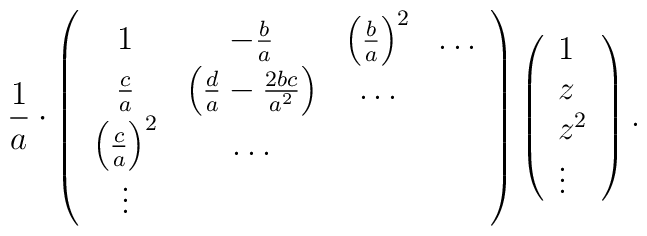
{1\over a}\cdot\left(        \begin{array}{cccc}            1 & -{b\over            a} & \left({b\over            a}\right)^2 & \dots \\            {c\over a} &            \left({d\over a}-{2bc\over            a^2}\right) & \dots & \\            \left({c\over a}\right)^2 & \dots & & \\            \vdots & & &        \end{array}        \right)        \left(        \begin{array}{l}                        1 \\ z \\ {z}^2 \\ \vdots        \end{array}        \right).